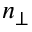
n _ { \perp }